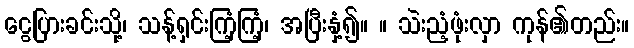
ငွေပြားခင်းသို့၊ သန့်ရှင်းကြံ့ကြံ့၊ အပြီးနှံ့၍။ ။ သဲးညံ့ဖုံးလှာ ကုန်၏တည်း။